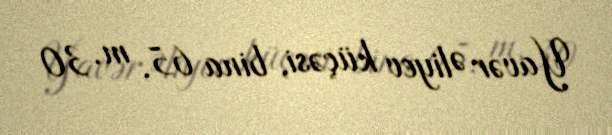
Yavər Əliyev küçəsi, bina 65, m. 30